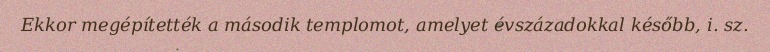
Ekkor megépítették a második templomot, amelyet évszázadokkal később, i. sz.